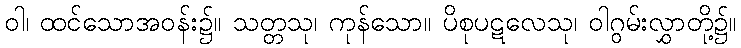
ဝါ၊ ထင်သောအဝန်း၌။ သတ္တသု၊ ကုန်သော။ ပိစုပဋလေသု၊ ဝါဂွမ်းလွှာတို့၌။